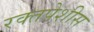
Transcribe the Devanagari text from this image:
रक्तपेशीस